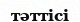
тәттісі